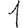
Digit: 1